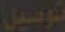
توصيل